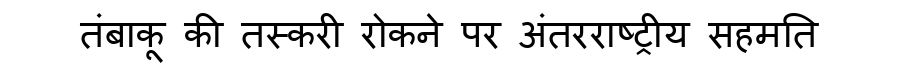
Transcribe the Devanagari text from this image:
तंबाकू की तस्करी रोकने पर अंतरराष्ट्रीय सहमति